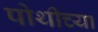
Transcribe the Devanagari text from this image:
पोथीच्या